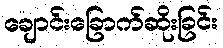
ချောင်းခြောက်ဆိုးခြင်း